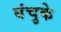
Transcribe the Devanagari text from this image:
बंचुके